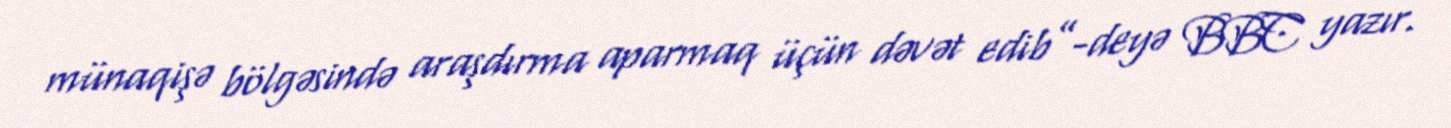
münaqişə bölgəsində araşdırma aparmaq üçün dəvət edib”-deyə BBC yazır.